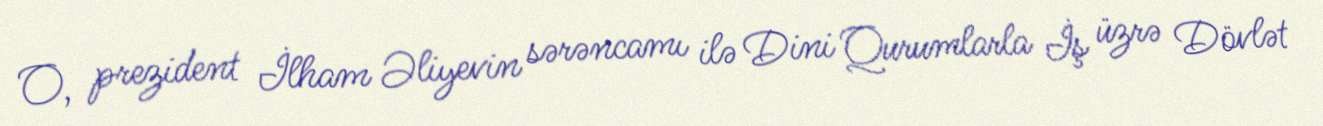
O, prezident İlham Əliyevin sərəncamı ilə Dini Qurumlarla İş üzrə Dövlət